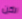
لكن